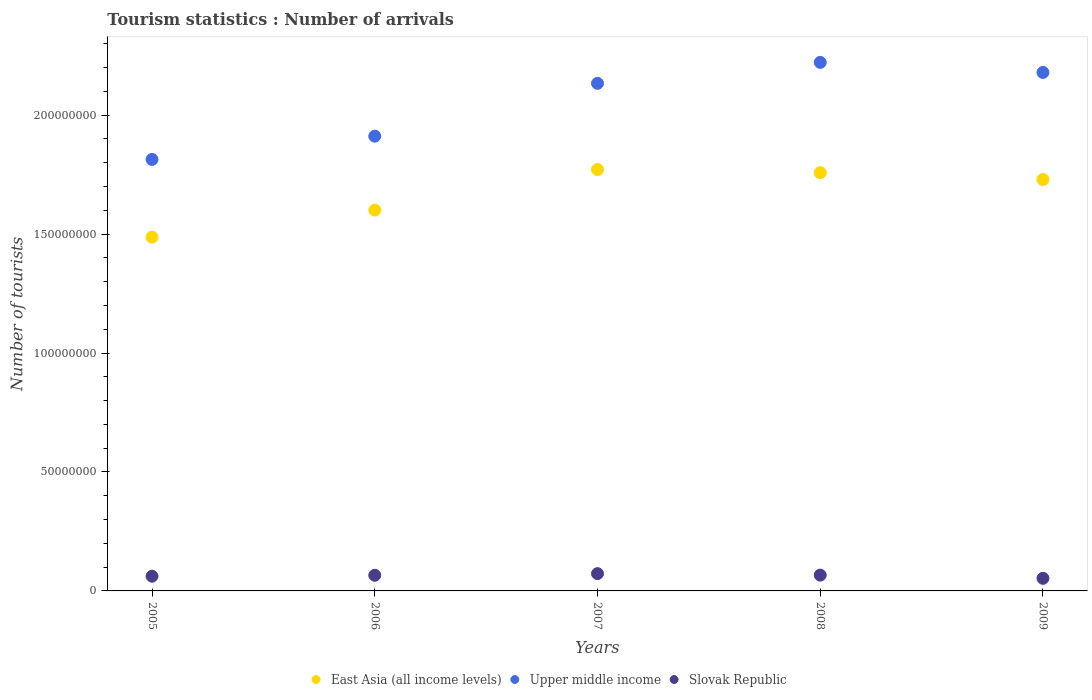
| Years | East Asia (all income levels) | Upper middle income | Slovak Republic |
 | --- | --- | --- | --- |
 | 2005 | 1.49e+08 | 1.81e+08 | 6.18e+06 |
 | 2006 | 1.6e+08 | 1.91e+08 | 6.58e+06 |
 | 2007 | 1.77e+08 | 2.13e+08 | 7.27e+06 |
 | 2008 | 1.76e+08 | 2.22e+08 | 6.64e+06 |
 | 2009 | 1.73e+08 | 2.18e+08 | 5.3e+06 |